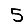
Digit: 5